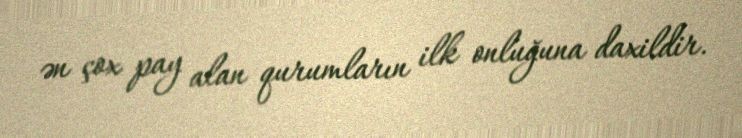
ən çox pay alan qurumların ilk onluğuna daxildir.